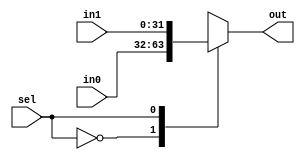
`timescale 1ns / 1ps
//////////////////////////////////////////////////////////////////////////////////
// Company: 
// Engineer: 
// 
// Design Name: 
// Module Name: mux
// Project Name: 
// Target Devices: 
// Tool Versions: 
// Description: 
// 
// Dependencies: 
// 
// Revision:
// Revision 0.01 - File Created
// Additional Comments:
// 
//////////////////////////////////////////////////////////////////////////////////


module mux(
    in0,
    in1,
    sel,
    out
    );
input [31:0] in1, in0;
output [31:0] out;
input sel;

reg [31:0] out;

initial begin
    out <= 32'd0;
end

always @(*)
begin
    case (sel)
    0: out <= in0;
    1: out <= in1;
    endcase
end

endmodule